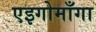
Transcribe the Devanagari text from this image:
एइगोमाँगा